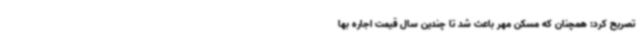
تصریح کرد: همچنان که مسکن مهر باعث شد تا چندین سال قیمت اجاره بها